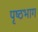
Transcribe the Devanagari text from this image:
पृष्‍ठभाग